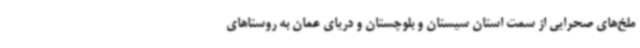
ملخ‌های صحرایی از سمت استان سیستان و بلوچستان و دریای عمان به روستاهای